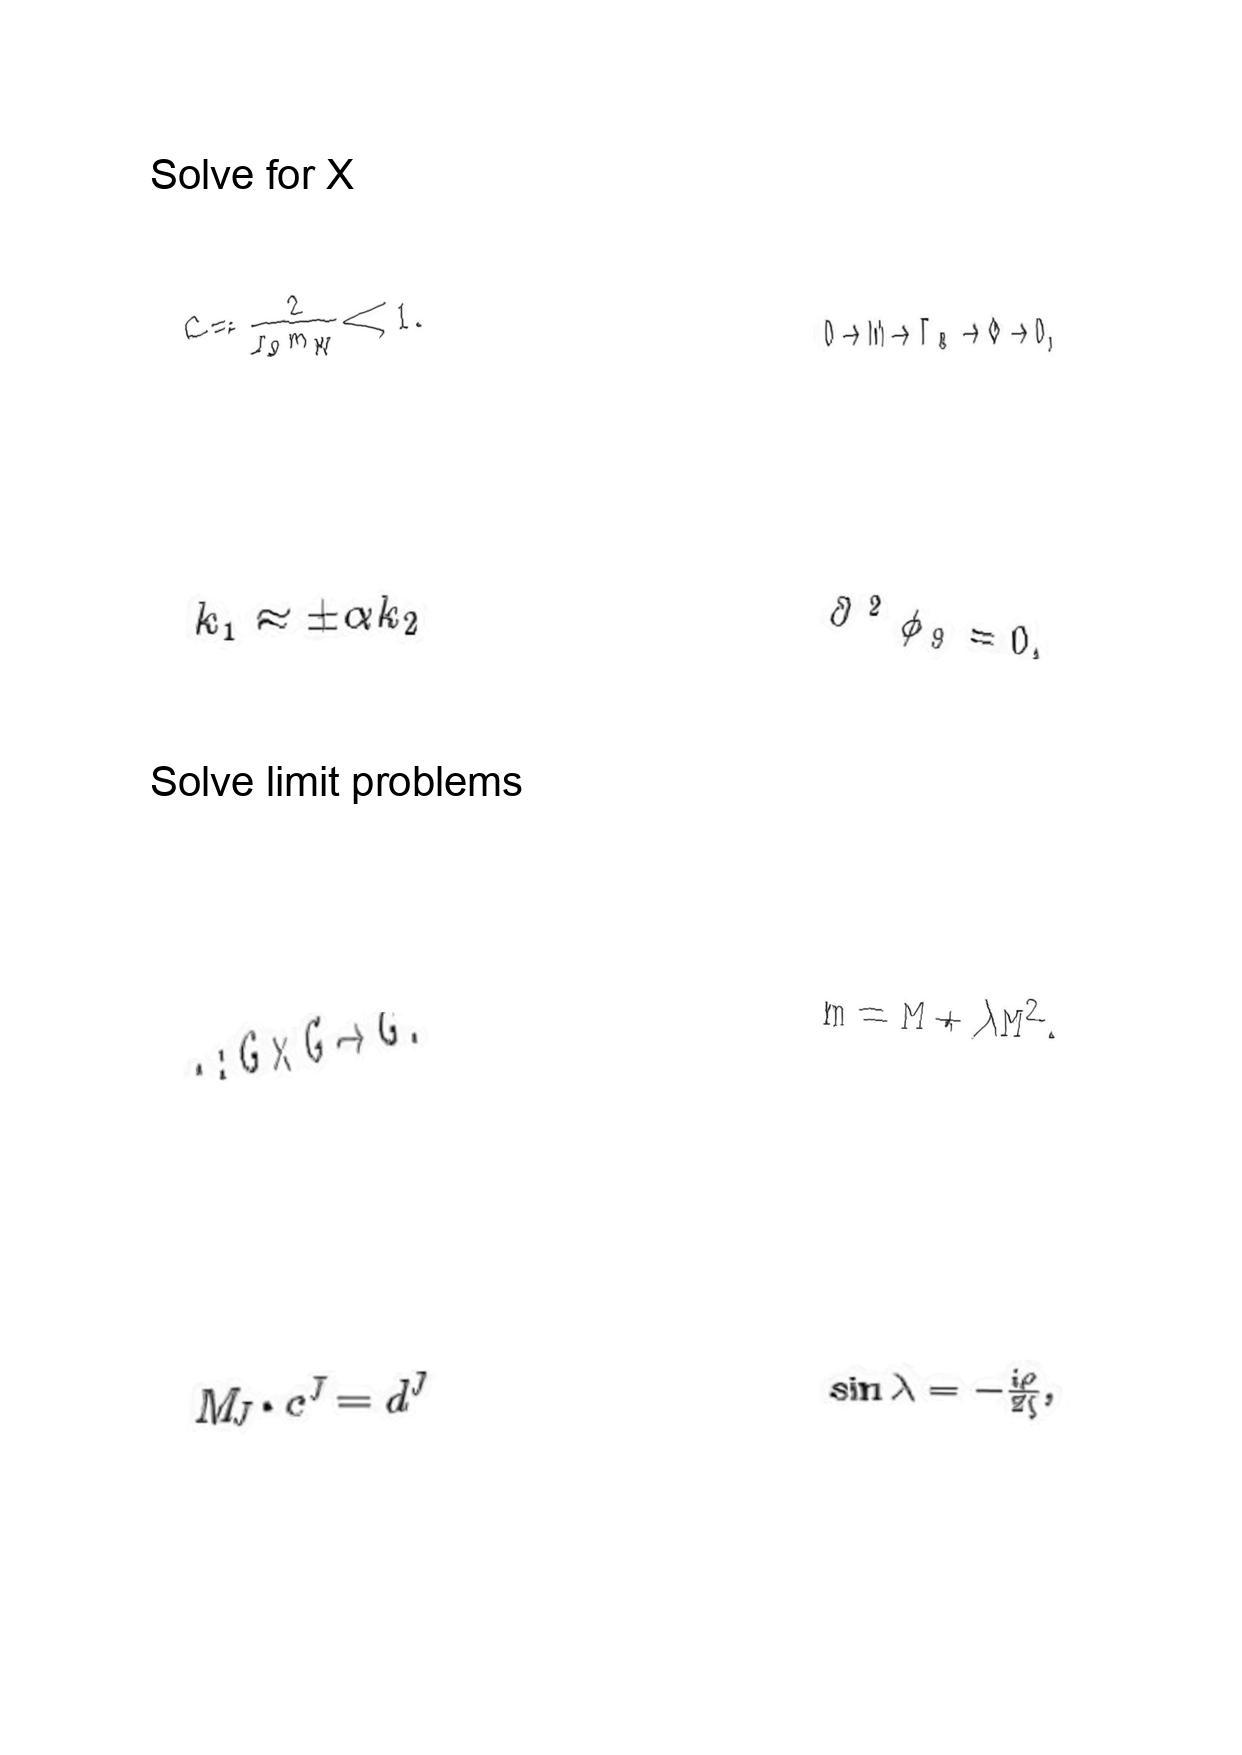
LaTeX transcription:
c = \frac { 2 } { r _ { 0 } m _ { W } } \ll 1 .
k _ { 1 } \approx \pm \alpha k _ { 2 }
\cdot : G \times G \rightarrow G .
M _ { J } \cdot c ^ { J } = d ^ { J }
0 \to M \to \Gamma _ { 8 } \to \Phi \to 0 ,
\vec { \partial } ^ { 2 } \phi _ { 9 } = 0 ,
m = M + \lambda M ^ { 2 } .
\sin \lambda = - \frac { i \rho } { 2 \zeta } ,